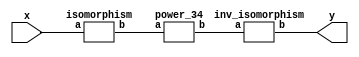
`timescale 1ns/100ps
module SMSS32_34_np_4_3(x,y);
	 input [5:0] x;
	 output [5:0] y;
	 wire [5:0] w;
	 wire [5:0] p;
	 isomorphism C2 (x,w);
	 power_34 C3 (w,p);
	 inv_isomorphism C4 (p,y);
endmodule

module add_base(a,b,c);
	 input [2:0] a;
	 input [2:0] b;
	 output [2:0] c;
	 assign c[0]=a[0]^b[0];
	 assign c[1]=a[1]^b[1];
	 assign c[2]=a[2]^b[2];
endmodule

module six_base(a,b);
	 input [2:0] a;
	 output [2:0] b;
	 assign b[0]=a[0]^a[2]^(a[0]&a[1])^(a[0]&a[2])^(a[1]&a[2]);
	 assign b[1]=a[1]^a[2]^(a[0]&a[1])^(a[1]&a[2]);
	 assign b[2]=a[1]^(a[0]&a[2])^(a[1]&a[2]);
endmodule

module power_34(a,b);
	 input [5:0] a;
	 output [5:0] b;
	 wire [2:0] x_0;
	 wire [2:0] x_1;
	 wire [2:0] x_2;
	 wire [2:0] x_3;
	 wire [2:0] x_4;
	 wire [2:0] x_5;
	 wire [2:0] y_0;
	 wire [2:0] y_1;
	 assign x_0[0]=a[0];
	 assign x_0[1]=a[1];
	 assign x_0[2]=a[2];
	 assign x_1[0]=a[3];
	 assign x_1[1]=a[4];
	 assign x_1[2]=a[5];
	 add_base A1 (x_0,x_1,x_2);
	 six_base A2 (x_2,x_3);
	 six_base  A3 (x_0,x_4);
	 six_base A4 (x_1,x_5);
	 add_base A5 (x_5,x_3,y_0);
	 add_base A6 (x_4,x_3,y_1);
	 assign b[0]=y_0[0];
	 assign b[1]=y_0[1];
	 assign b[2]=y_0[2];
	 assign b[3]=y_1[0];
	 assign b[4]=y_1[1];
	 assign b[5]=y_1[2];
endmodule

module inv_isomorphism(a,b);
	 input [5:0] a;
	 output [5:0] b;
	 assign b[0]=a[3]^a[4];
	 assign b[1]=a[0]^a[5];
	 assign b[2]=a[3];
	 assign b[3]=a[0]^a[2]^a[3]^a[4];
	 assign b[4]=a[0]^a[2]^a[3]^a[4]^a[5];
	 assign b[5]=a[0]^a[1]^a[4];
endmodule

module isomorphism(a,b);
	 input [5:0] a;
	 output [5:0] b;
	 assign b[0]=a[4]^a[5];
	 assign b[1]=a[1]^a[2]^a[4];
	 assign b[2]=a[4];
	 assign b[3]=a[0]^a[1];
	 assign b[4]=a[1]^a[3];
	 assign b[5]=a[0]^a[1]^a[2]^a[4]^a[5];
endmodule